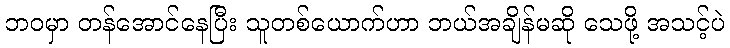
ဘဝမှာ တန်အောင်နေပြီး သူတစ်ယောက်ဟာ ဘယ်အချိန်မဆို သေဖို့ အသင့်ပဲ